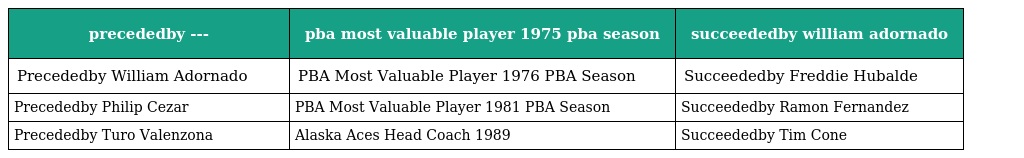
| precededby --- | pba most valuable player 1975 pba season | succeededby william adornado |
 | --- | --- | --- |
 | Precededby William Adornado | PBA Most Valuable Player 1976 PBA Season | Succeededby Freddie Hubalde |
 | Precededby Philip Cezar | PBA Most Valuable Player 1981 PBA Season | Succeededby Ramon Fernandez |
 | Precededby Turo Valenzona | Alaska Aces Head Coach 1989 | Succeededby Tim Cone |